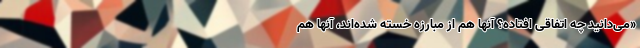
«می‌دانید چه اتفاقی افتاده؟ آنها هم از مبارزه خسته شده‌اند، آنها هم